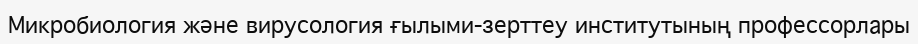
Микробиология және вирусология ғылыми-зерттеу институтының профессорлары